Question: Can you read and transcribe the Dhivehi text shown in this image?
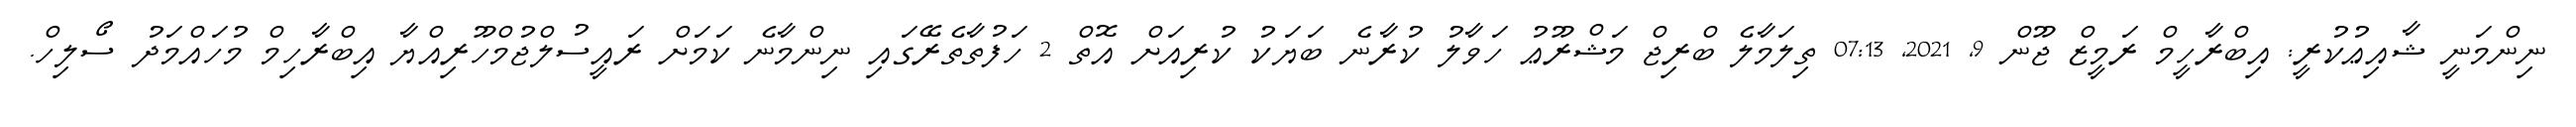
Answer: ނިންމަނީ ޝާއިޢުކުރީ: އިބްރާހީމް ރަމީޒް ޖޫން 9, 2021, 07:13 ތިލަމާލެ ބްރިޖް މަޝްރޫޢު ހަވާލު ކުރާނެ ބަޔަކު ކުރިއަށް އޮތް 2 ހަފުތާތެރޭގައި ނިންމާނެ ކަމަށް ރައީސުލްޖުމްހޫރިއްޔާ އިބްރާހިމް މުހައްމަދު ސޯލިހް.